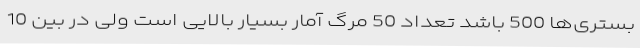
بستری‌ها 500 باشد تعداد 50 مرگ آمار بسیار بالایی است ولی در بین 10